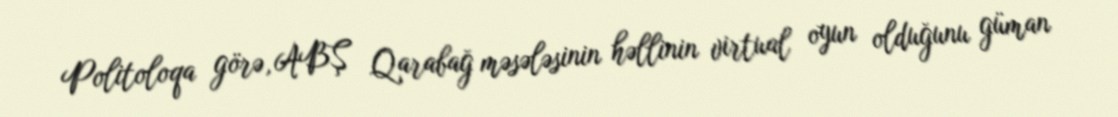
Politoloqa görə, ABŞ Qarabağ məsələsinin həllinin virtual oyun olduğunu güman